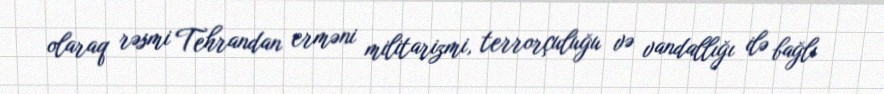
olaraq rəsmi Tehrandan erməni militarizmi, terrorçuluğu və vandallığı ilə bağlı